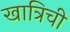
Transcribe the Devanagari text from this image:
खात्रिची